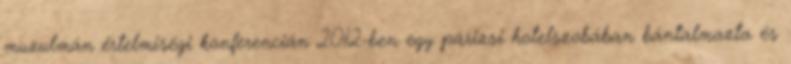
muzulmán értelmiségi konferencián 2012-ben egy párizsi hotelszobában bántalmazta és